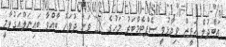
އަބްދުލް އަޒީޒް ވިދާޅުވީ ސެޕްޓެމްބަރު މަހުގެ 28 ވަނަ ދުވަހު ބާއްވާ ބައިނަލްއަގުވާމީ